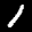
Label: 1